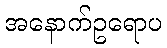
အနောက်ဥရောပ